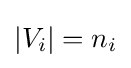
|V_{i}|=n_{i}